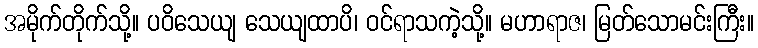
အမိုက်တိုက်သို့။ ပဝိသေယျ သေယျထာပိ၊ ဝင်ရာသကဲ့သို့။ မဟာရာဇ၊ မြတ်သောမင်းကြီး။